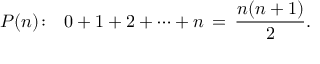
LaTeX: P ( n ) \! : \ \ 0 + 1 + 2 + \cdots + n \, = \, { \frac { n ( n + 1 ) } { 2 } } .